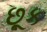
છૂક